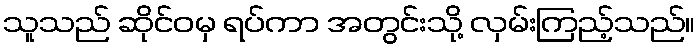
သူသည် ဆိုင်ဝမှ ရပ်ကာ အတွင်းသို့ လှမ်းကြည့်သည်။